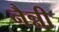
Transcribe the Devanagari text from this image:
नैन्नी